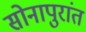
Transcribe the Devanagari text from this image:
सोनापुरांत